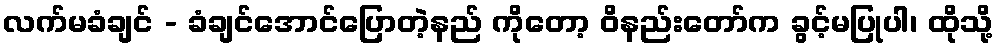
လက်မခံချင် - ခံချင်အောင်ပြောတဲ့နည် ကိုတော့ ဝိနည်းတော်က ခွင့်မပြုပါ၊ ထိုသို့